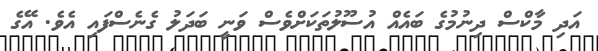
އަދި މާކްސް ދިނުމުގެ ބައެއް އުސޫލުތަކަށްވެސް ވަނީ ބަދަލު ގެނެސްފައި އެވެ. އޭގެ